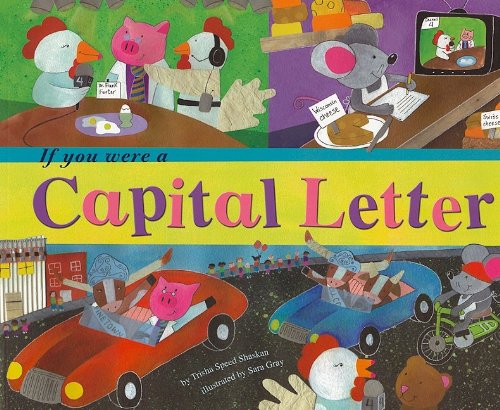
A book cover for If You Were a Capital Letter (Word Fun); Trisha Speed Shaskan; Reference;